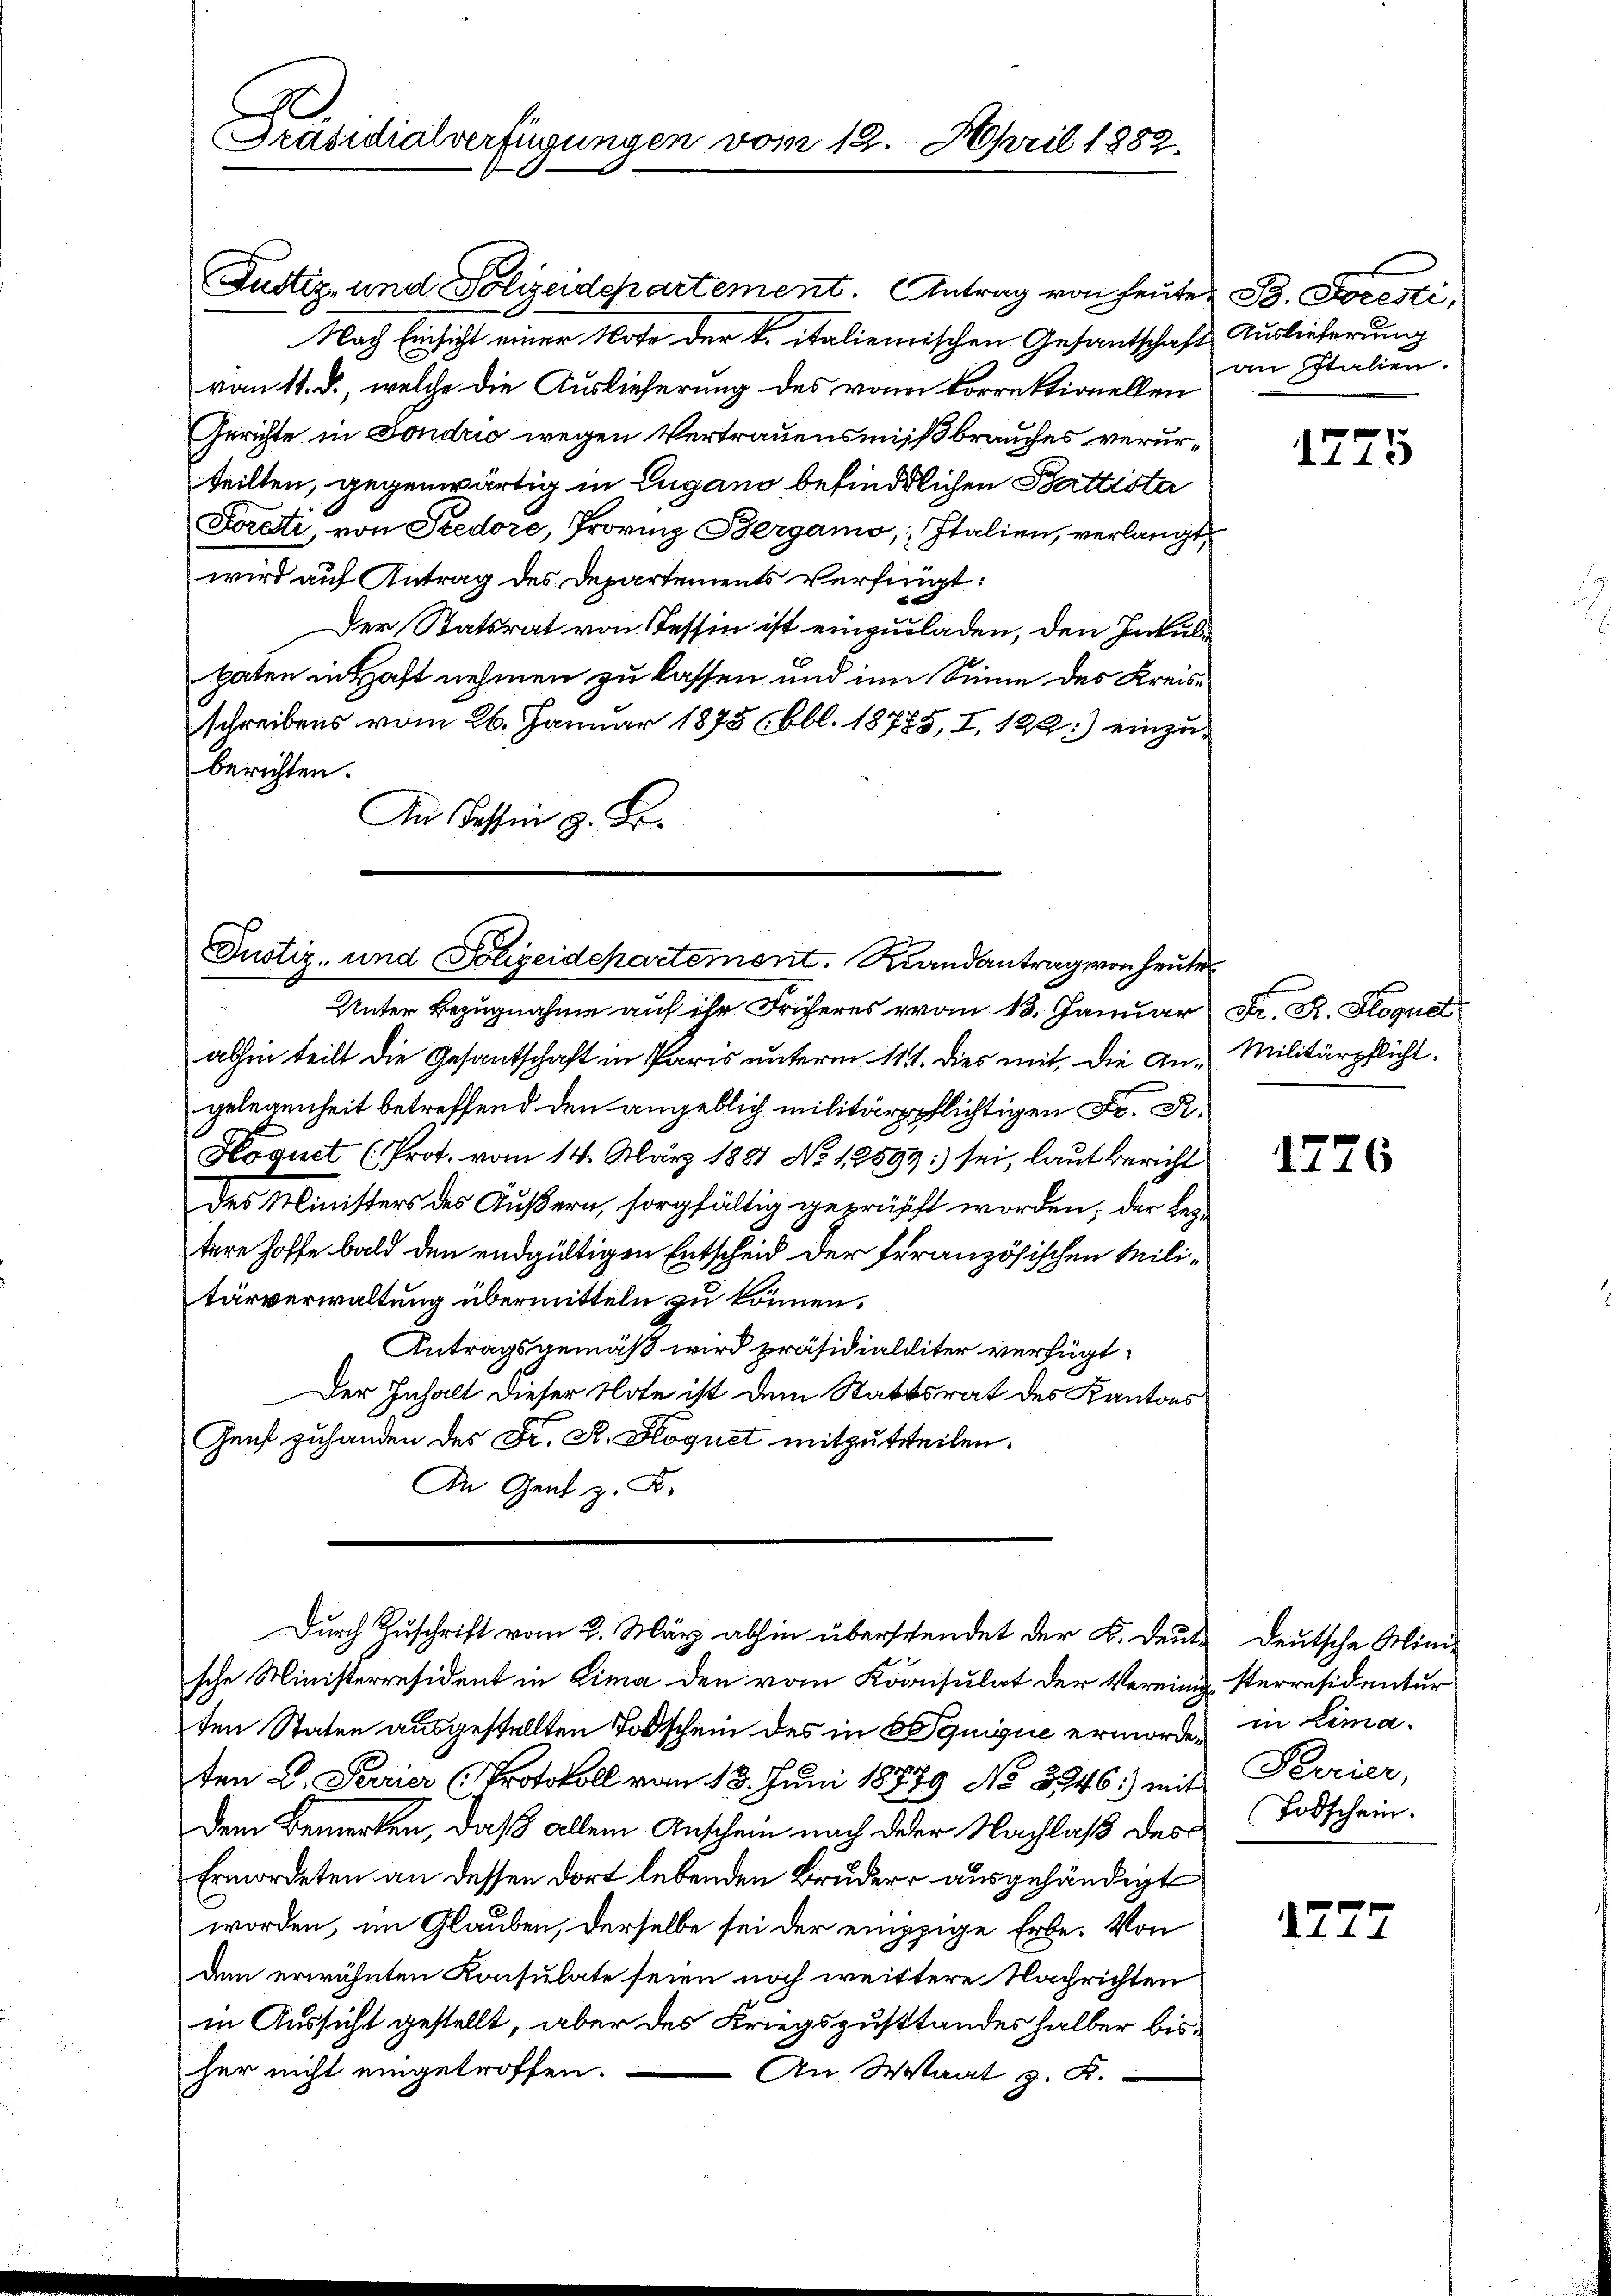
.
Präsidialverfügungen vom 19. April 1882.

Justiz- und Polizeidepartement. Antrag von heutet B. Foresti,
Nach Einsicht einer Note der k. italienischen Gesantschaft Auslieferung
vom 11. d., welche die Auslieferung des vom korrektionellen
Gerichte in Fondrio wegen Vertrauensmissbrauches verurteilten, gegenwärtig in Lugano befindlichen Battista
Foreti, von Predore, Provinz Bergamo, Italien, verlangt,
wird auf Antrag des Departements verfügt:
e
Der Statsrat von Tessin ist einzuladen, den Inkulpaten in Haft nehmen zu lassen und im Sinne des Kreisschreibens vom 26. Januar 1875 (bbl. 18785, I, 122.) einzuberichten.
An assen z. B.

Justiz- und Polizeidepartement. Randantrag von heute

Unter Bezugnahme auf ihr Früheres vom 13. Januar Fr. K. Hoquet
abhin teilt die Gesantschaft in Paris unterm 11t. dies mit, die An-Militärpflicht.
gelegenheit berechtlichtigen
Hoquet (Prot. vom 14. März 1881 No 12893:) sei, laut Bericht
des Ministers des Äußern, sorgfältig geprüpft worden; der Legtere hoffe bald den endgültigen Entscheid der französischen Militärverwaltung übermitteln zu können.
Antragsgemäß wird präsidialliter verfügt:
Der Inhalt dieser Note ist dem Stattsrat des Kantons
Genf zuhanden des Fr. A. Floquet mitzuteilen.
In Gent z. B.
Durch Zuschrift vom 2. März abhin überschendet der B. deute deutsche Mini-
sche Ministerresident in Lima den vom Koonsulat der Vereinigsterresidentur
ten Staten ausgestellten Todschein des in Equique ermorde, in Limaten L. Sarrier (Protokoll vom 18. Juni 18779 No 3246) mit
Dem Bemerken, daß allein Anschein nach derer Nachlaß des Todschein.
Ermordeten an dessen dort lebenden Bruder ausgehändigt
worden, im Glauben, derselbe sei der empzige Erbe. Von
dem erwähnten Konsulate seien noch weittere Nachrichten
in Aussicht gestellt, aber des Kriegszustandeshalber bisher nicht eingetroffen.
An Staat z. B.

an Italien.

1725

.

1726

Peerier,

1227